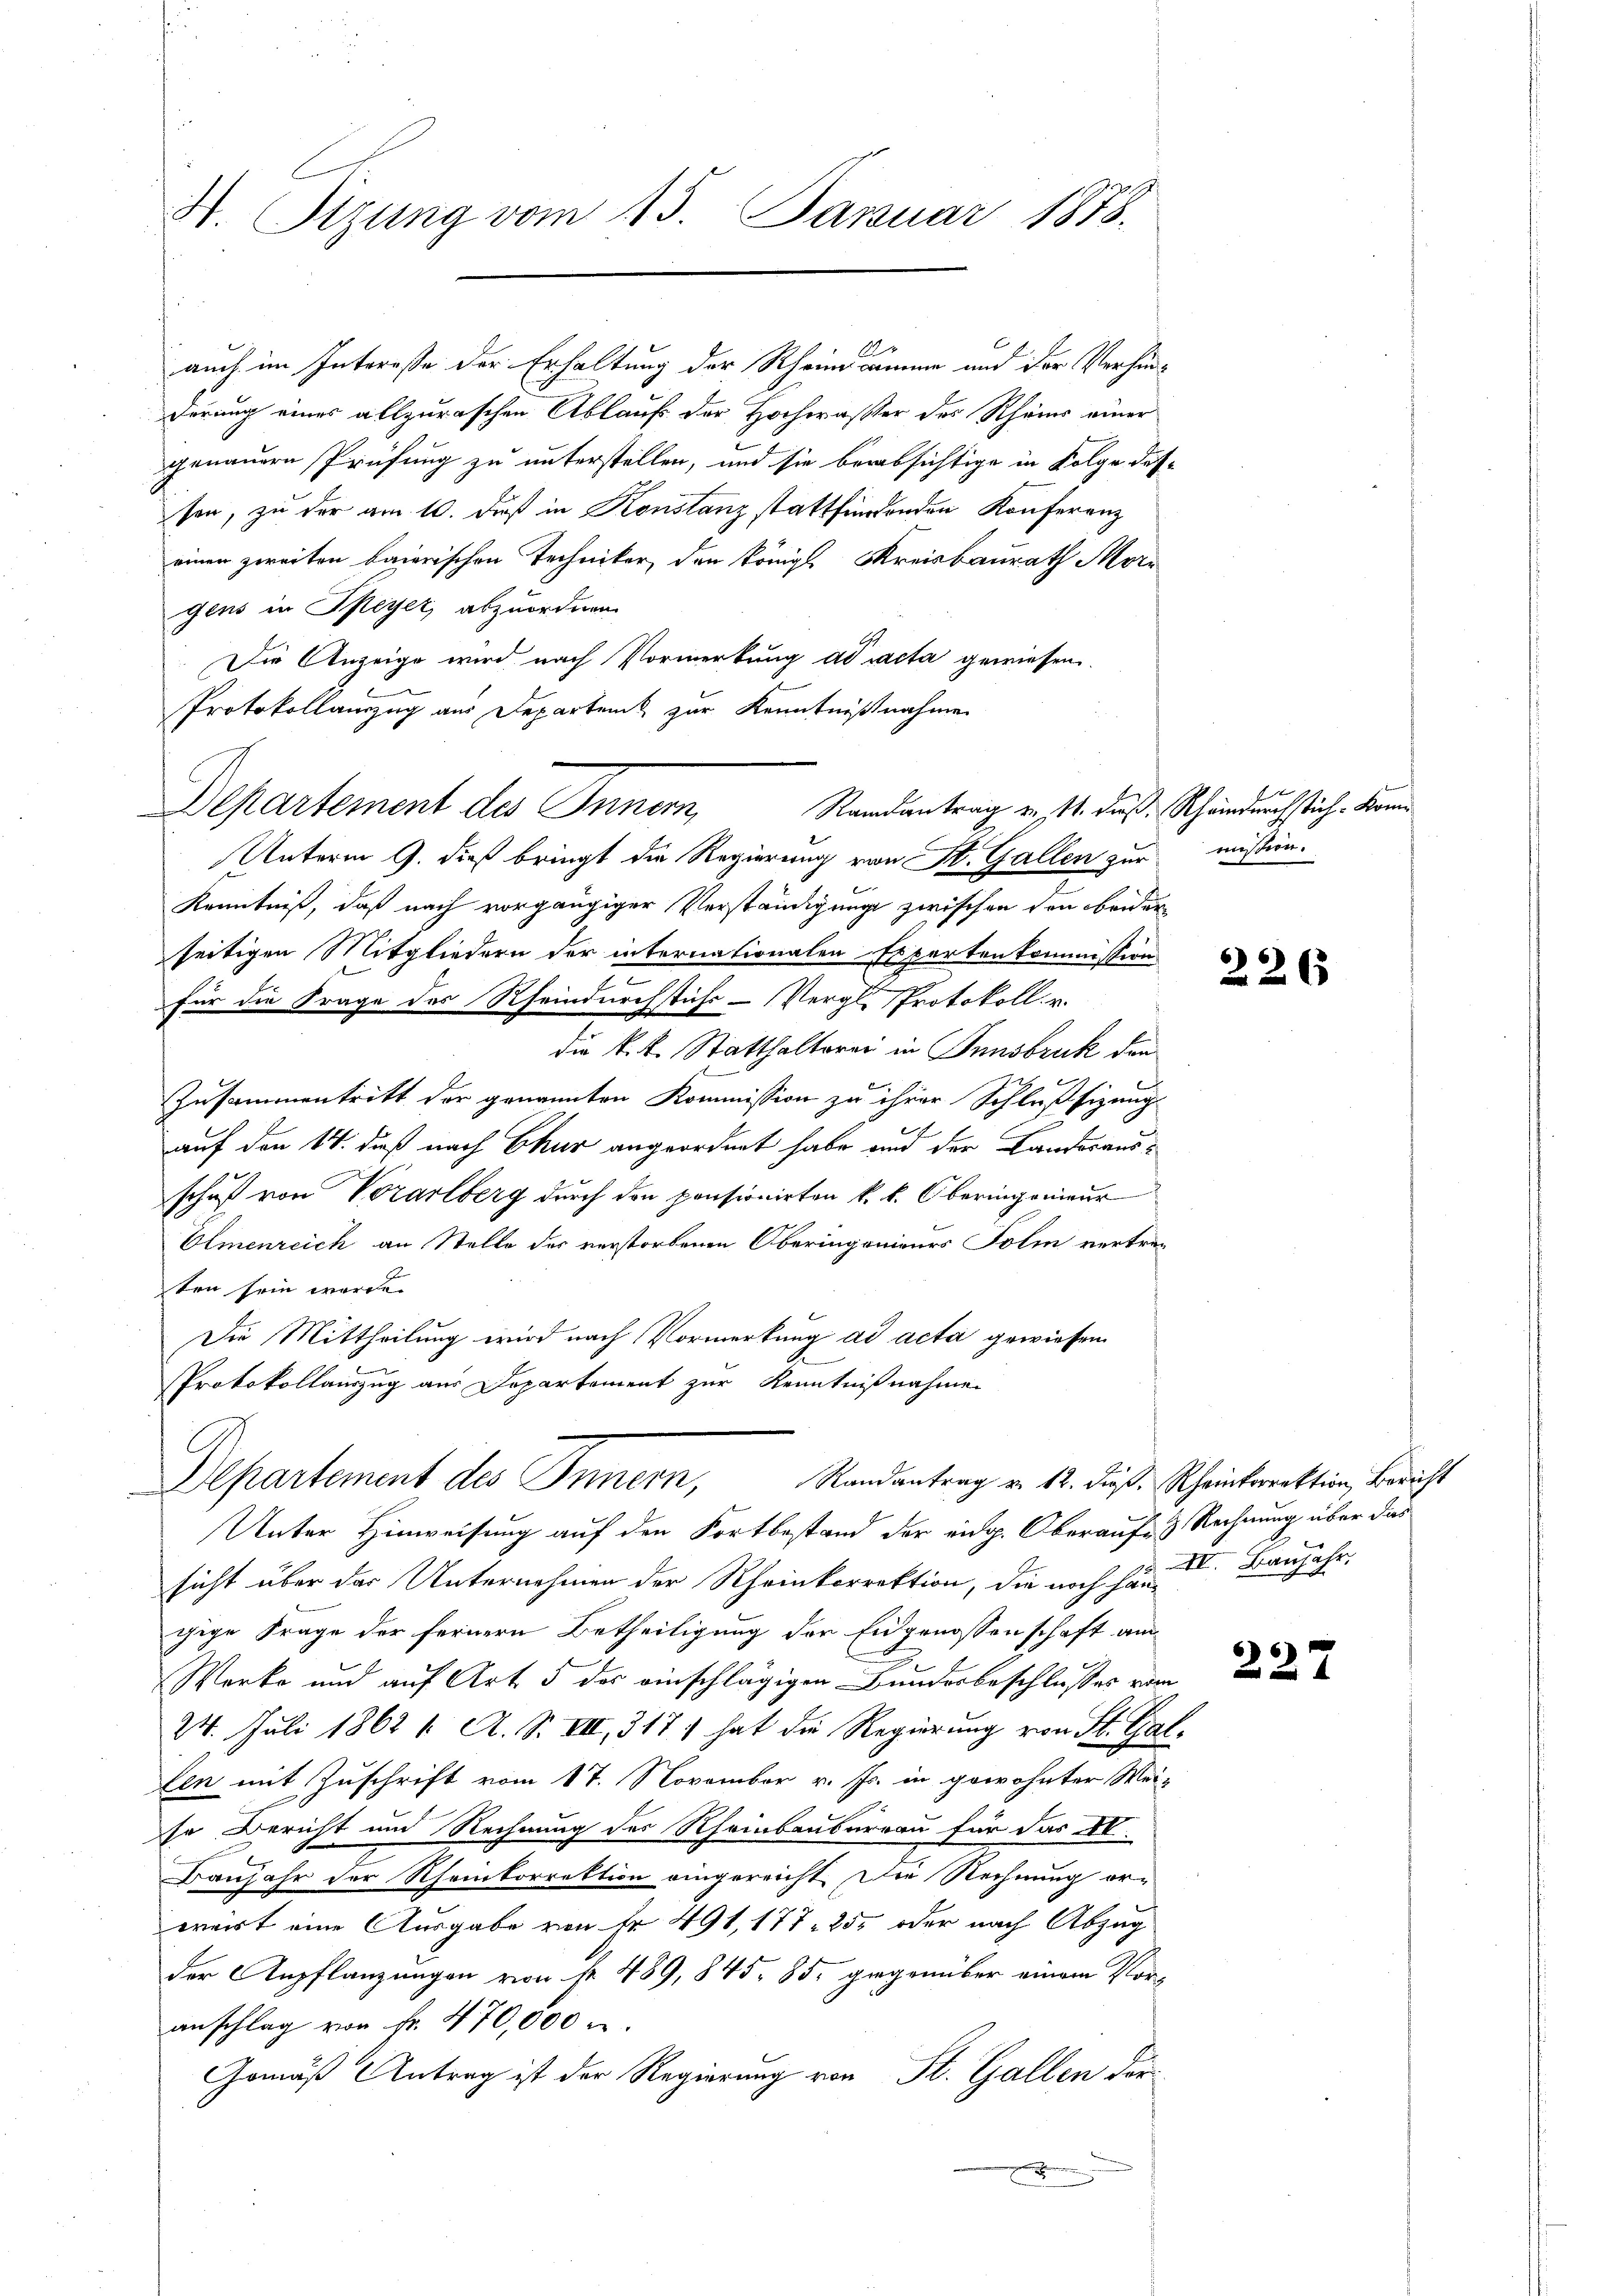
H. Sitzung vom 15. Januar 1878.

1
auch im Interesse der Erhaltung der Rheindamme und der Verhänderung eines allzurischen Ablauf der Hochwasser des Rheins einer
genauern Prüfung zu unterstellen, und sie berabsichtige in Folge dessen, zu der am 10. daß in Konstanz stattfindenden Konferenz
einen zweiten baierischen Techniker, den königl. Kreisbaurath Morgens in Speyer, abzuordnen.
Die Anzeige wird nach Vormerkung ad acta gewiesen.
Protokollauszug aus Departen zur Kenntnißnahmen
Departement des Innern,
Unterm 9. dieß bringt die Regierung von St. Gallen zur mission.
Kenntniß, daß nach vorgängiger Verständigung zwischen den beider
seitigen Mitgliedern der internationalen Expertenkommission
für die Frage des Rheindurchstichs - Vergl. Protokoll. u.
die k.k. Statthaltorei in Innsbruk den
Zusammentritt der genannten Kommission zu ihrer Schlußsizung
auf den 14. daß nach Chur angeordnet habe und der Landorausschuß von Vorarlberg durch den pensionirten k. k. Oberingenieur
Olmenreich an Stelle des verstorbenen Oberingenieurs Foli vertraten sein werde.
Die Mittheilung wird nach Vormerkung ad acta gewiesen
e
Protokollauszug aus Departement zur Kenntnißnahme
Randantrag v. 12. dieß. Rheinkorrektion Bericht
Departement des Innern,
Unter Hinweisung auf den Fortbestand der eidg. Oberauf- & Rechnung über das
sicht über das Unternehmen der Rheinkorrektion, die noch hat Baujahr,
gige Frage der fernern Betheiligung der Eidgenossenschaft am
Werke und auf Art. 5 des einschlägigen Bundesbeschlusses von
24. Juli 1862 1. A. S. VII, 317) hat die Regierung von St. Gar
len mit Zuschrift vom 17. November v. Js. in gewohnter Wei-
se Bericht und Rechnung des Rheinbaubureau für das 10.
Baujahr der Rheinkorrektion eingereicht. Die Rechnung or-
wart eine Ausgabe von Fr. 491, 177. 250 oder nach Abzug
der Anpflanzungen von fr. 489, 845, 85, gegenüber einem Vor-
anschlag von Fr. 470,000.
Gemäß Antrag ist der Regierung von St. Gallen der

Randantrag u. 14. dieß, Rheindurchstich. Kom

226

1

227